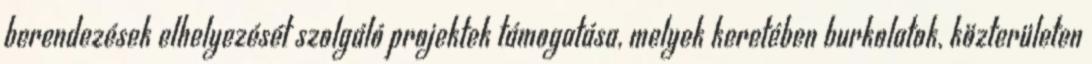
berendezések elhelyezését szolgáló projektek támogatása, melyek keretében burkolatok, közterületen